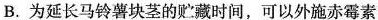
B.为延长马铃薯块茎的贮藏时间，可以外施赤霉素